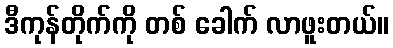
ဒီကုန်တိုက်ကို တစ် ခေါက် လာဖူးတယ်။